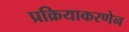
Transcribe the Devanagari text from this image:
प्रक्रियाकरणेन